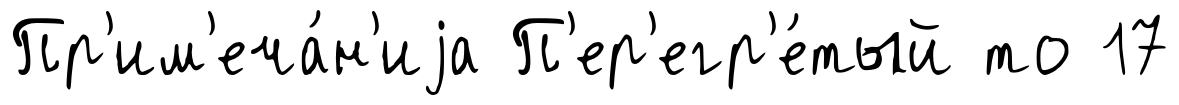
Пр'им'еча́н'иjа П'ер'егр'е́тый то 17